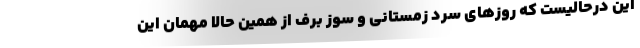
این درحالیست که روزهای سرد زمستانی و سوز برف از همین حالا مهمان این